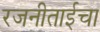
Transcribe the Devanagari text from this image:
रजनीताईचा